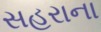
સહરાના